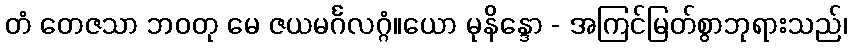
တံ တေဇသာ ဘဝတု မေ ဇယမင်္ဂလဂ္ဂံ။ယော မုနိန္ဒော - အကြင်မြတ်စွာဘုရားသည်၊